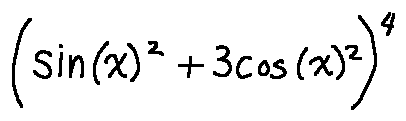
( \sin ( x ) ^ { 2 } + 3 \cos ( x ) ^ { 2 } ) ^ { 4 }